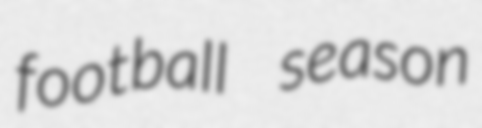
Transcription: football season